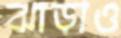
ঝাড়াও